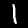
Digit: 1